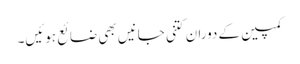
کمپین کے دوران کتنی جانیں بھی ضائع ہوئیں۔